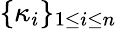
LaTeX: \{ \kappa_{i}\} _{1\le i\le n}